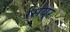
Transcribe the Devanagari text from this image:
सियुर